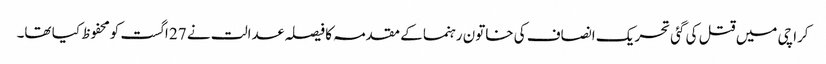
کراچی میں قتل کی گئی تحریک انصاف کی خاتون رہنما کے مقدمہ کا فیصلہ عدالت نے 27 اگست کومحفوظ کیا تھا۔